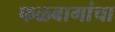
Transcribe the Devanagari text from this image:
फळबागांचा